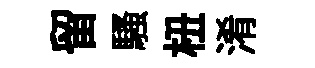
留騷杻淆